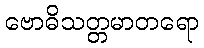
ဗောဓိသတ္တမာတရော